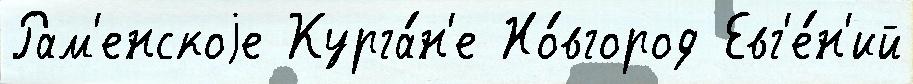
Рам'енскоjе Курга́н'е Но́вгород Евг'е́н'ий